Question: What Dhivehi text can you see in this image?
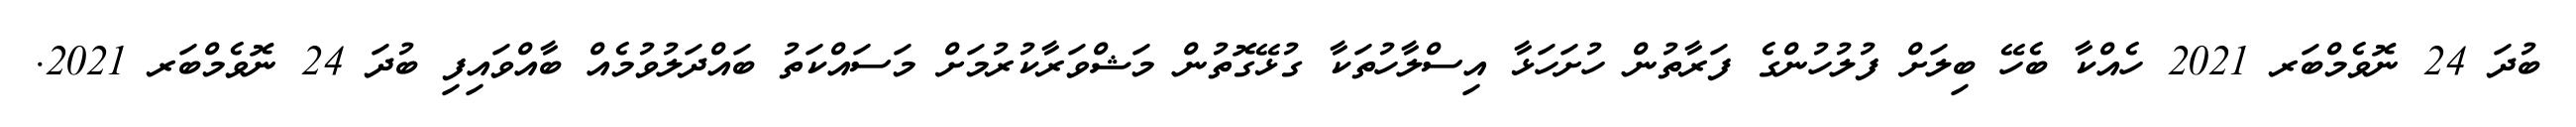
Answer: ބުދަ 24 ނޮވެމްބަރ 2021 ހެއްކާ ބެހޭ ބިލަށް ފުލުހުންގެ ފަރާތުން ހުށަހަޅާ އިސްލާހުތަކާ ގުޅޭގޮތުން މަޝްވަރާކުރުމަށް މަސައްކަތު ބައްދަލުވުމެއް ބާއްވައިފި ބުދަ 24 ނޮވެމްބަރ 2021.